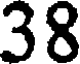
38